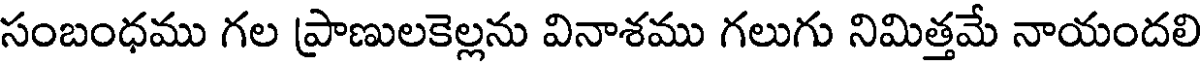
సంబంధము గల ప్రాణులకెల్లను వినాశము గలుగు నిమిత్తమే నాయందలి